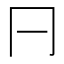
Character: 𠔼